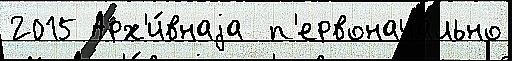
2015 Арх'и́внаjа  п'ервонача́льно